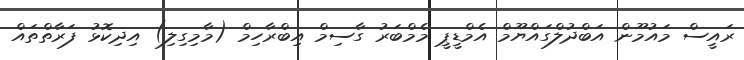
ރައީސް މައުމޫން އަބްދުލްގައްޔޫމް އެމްޑީޕީ މެމްބަރު ގާސިމް އިބްރާހިމް (މާމިގިލި) އިދިކޮޅު ފަރާތްތައް